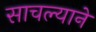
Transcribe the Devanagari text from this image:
साचल्याने